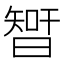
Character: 𣉻